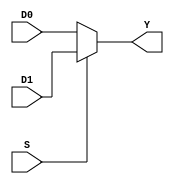
module Mux2_1(D0, D1, S, Y);

output Y;
input D0, D1, S;

assign Y=(S)?D1:D0;
endmodule